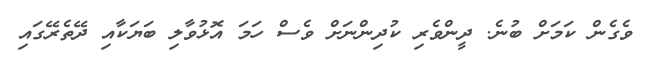
ވެގެން ކަމަށް ބުނެ. ދީންވެރި ކުދިންނަށް ވެސް ހަމަ އޮޅުވާލި ބަޔަކާއި ދޭތެރޭގައި